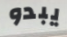
يبدو